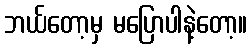
ဘယ်တော့မှ မပြောပါနဲ့တော့။